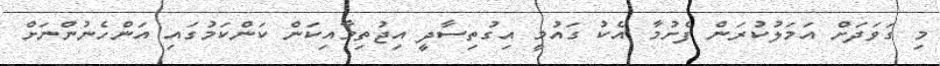
މި ގަވަދަށް އަމަލުކުރަން ފެށުމާ އެކު ގައުމީ އިގުތިސާދީ އިޖުތިމާއިކަން ކަންކަމުގައި އަންހެނުންނަށް